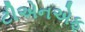
ટીએનએફ